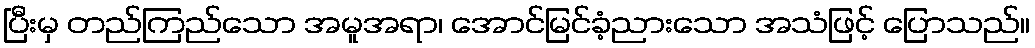
ပြီးမှ တည်ကြည်သော အမူအရာ၊ အောင်မြင်ခံ့ညားသော အသံဖြင့် ပြောသည်။